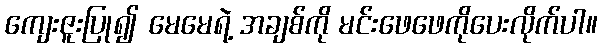
ကျေးဇူးပြု၍ မေမေရဲ့ အချစ်ကို မင်းဖေဖေကိုပေးလိုက်ပါ။